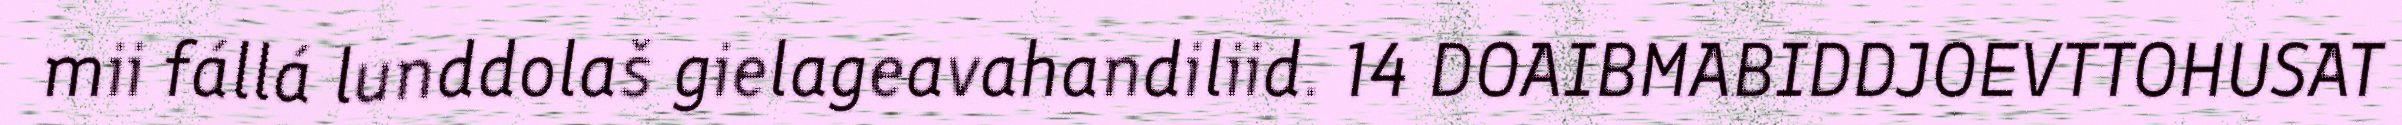
mii fállá lunddolaš gielageavahandiliid. 14 DOAIBMABIDDJOEVTTOHUSAT